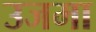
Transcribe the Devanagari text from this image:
उजमा